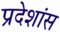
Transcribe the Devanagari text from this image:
प्रदेशांस